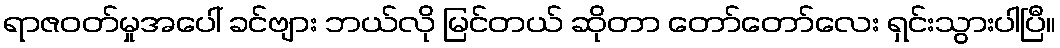
ရာဇဝတ်မှုအပေါ် ခင်ဗျား ဘယ်လို မြင်တယ် ဆိုတာ တော်တော်လေး ရှင်းသွားပါပြီ။